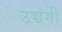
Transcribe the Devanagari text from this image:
उच्चंगी